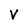
Character: V